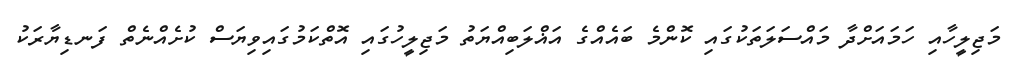
މަޖިލީހާއި ހަމައަށްދާ މައްސަލަތަކުގައި ކޮންމެ ބައެއްގެ އަޣްލަބިއްޔަތު މަޖިލީހުގައި އޮތްކަމުގައިވިޔަސް ކުށެއްނެތް ފަނޑިޔާރަކު